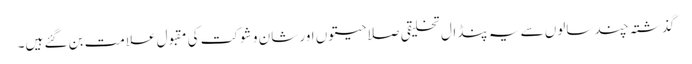
گذشتہ چند سالوں سے یہ پنڈال تخلیقی صلاحیتوں اور شان و شوکت کی مقبول علامت بن گئے ہیں۔